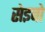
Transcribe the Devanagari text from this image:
सेइबो